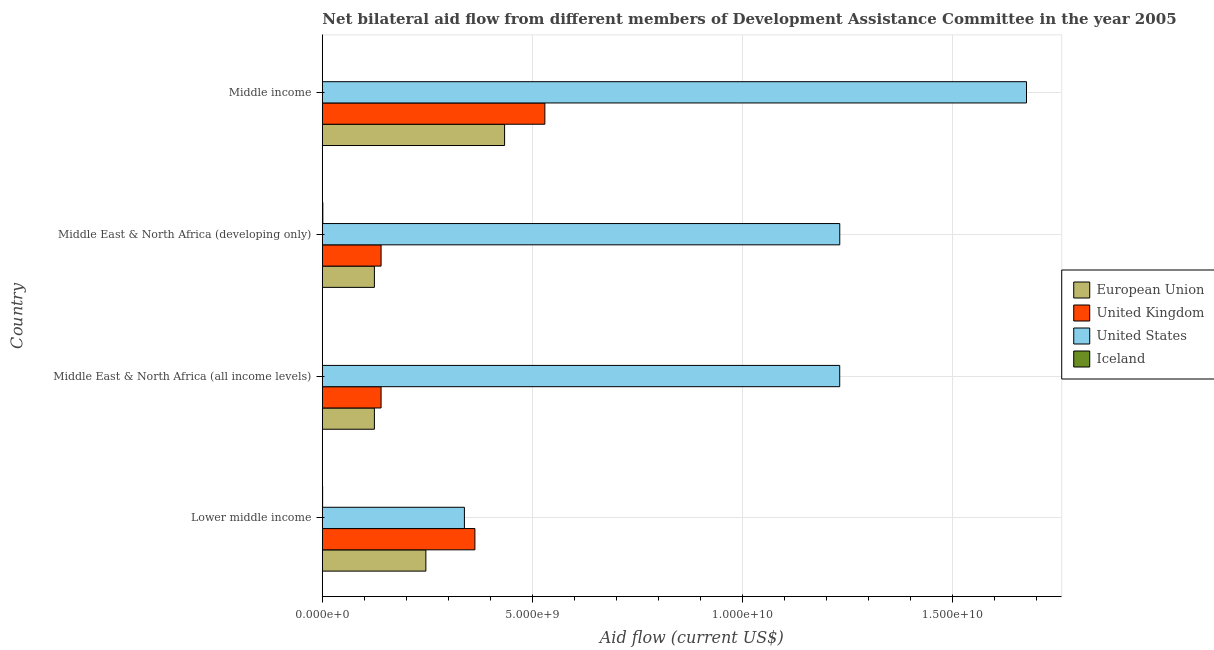
| Country | European Union | United Kingdom | United States | Iceland |
 | --- | --- | --- | --- | --- |
 | Lower middle income | 2.46e+09 | 3.63e+09 | 3.38e+09 | 6.9e+06 |
 | Middle East & North Africa (all income levels) | 1.24e+09 | 1.4e+09 | 1.23e+10 | 2.68e+06 |
 | Middle East & North Africa (developing only) | 1.24e+09 | 1.4e+09 | 1.23e+10 | 1.24e+07 |
 | Middle income | 4.34e+09 | 5.3e+09 | 1.68e+10 | 2.91e+06 |